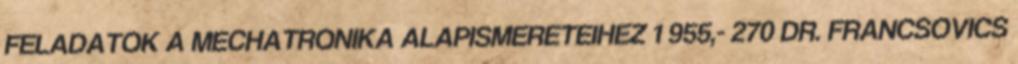
FELADATOK A MECHATRONIKA ALAPISMERETEIHEZ 1 955,- 270 DR. FRANCSOVICS